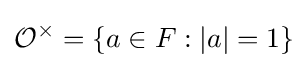
{\mathcal {O}}^{\times }=\{a\in F:|a|=1\}